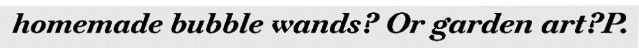
homemade bubble wands? Or garden art?P.